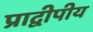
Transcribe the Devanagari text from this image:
प्राद्वीपीय